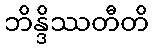
ဘိန္ဒိဿတီတိ